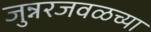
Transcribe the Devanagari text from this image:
जुन्नरजवळच्या